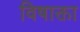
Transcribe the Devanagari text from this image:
विषाक्ता